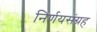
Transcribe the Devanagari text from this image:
निर्णयसंग्रह